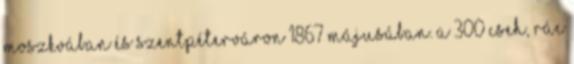
Moszkvában és Szentpéterváron 1867 májusában. A 300 cseh, rác